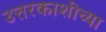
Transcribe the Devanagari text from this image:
उत्तरकाशीच्या